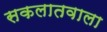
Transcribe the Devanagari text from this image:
सकलातवाला